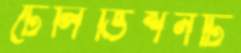
টেলিভিশনটি